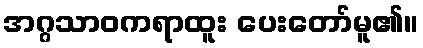
အဂ္ဂသာဝကရာထူး ပေးတော်မူ၏။